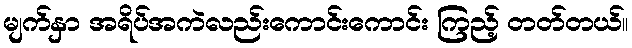
မျက်နှာ အရိပ်အကဲလည်းကောင်းကောင်း ကြည့် တတ်တယ်။